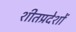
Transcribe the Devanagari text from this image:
शीतप्रदेशों